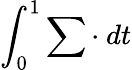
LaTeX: \int_{0}^{1}\sum\cdot\ dt